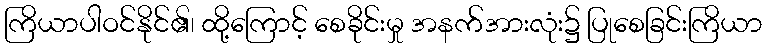
ကြိယာပါဝင်နိုင်၏၊ ထို့ကြောင့် စေခိုင်းမှု အနက်အားလုံး၌ ပြုစေခြင်းကြိယာ